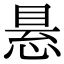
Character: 悬